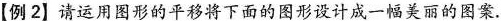
【例2】请运用图形的平移将下面的图形设计成一幅美丽的图案。